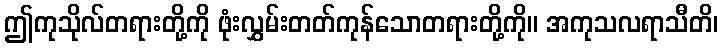
ဤကုသိုလ်တရားတို့ကို ဖုံးလွှမ်းတတ်ကုန်သောတရားတို့ကို။ အကုသလရာသီတိ၊